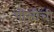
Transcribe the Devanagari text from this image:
पीसीची